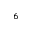
^ { 6 }